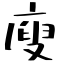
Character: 廋